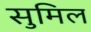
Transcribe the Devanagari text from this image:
सुमिल